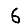
Digit: 6